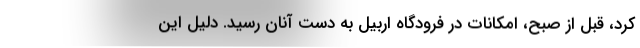
کرد، قبل از صبح، امکانات در فرودگاه اربیل به دست آنان رسید. دلیل این